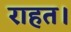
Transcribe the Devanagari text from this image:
राहत।